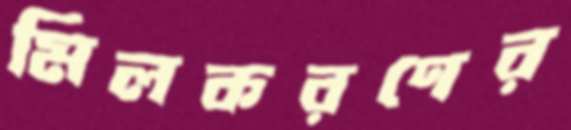
মিলকরণের